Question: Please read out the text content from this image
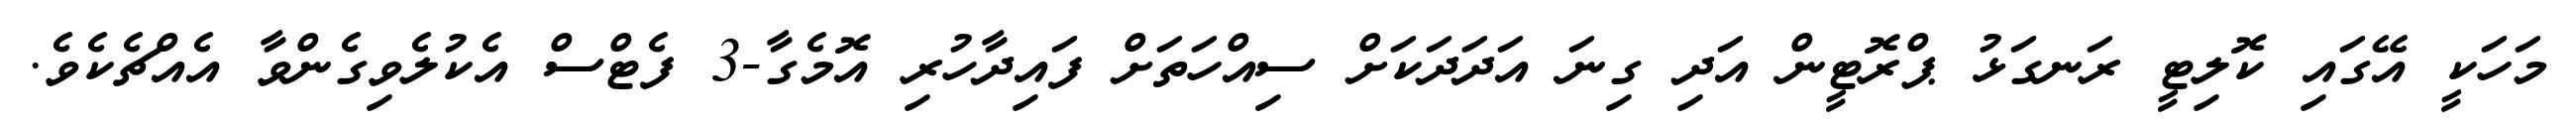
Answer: މަހަކީ އޭގައި ކޮލިޓީ ރަނގަޅު ޕްރޮޓީން އަދި ގިނަ އަދަދަކަށް ސިއްހަތަށް ފައިދާހުރި އޮމެގާ-3 ފެޓްސް އެކުލެވިގެންވާ އެއްޗެކެވެ.